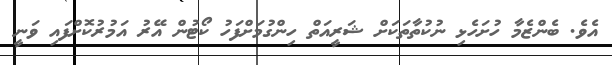
އެވެ. ބެންޒެމާ ހުށަހެޅި ނުކުތާތަކަށް ޝަރީއަތް ހިންގުމަށްފަހު ކޯޓުން އޭރު އަމުރުކޮށްފައި ވަނީ